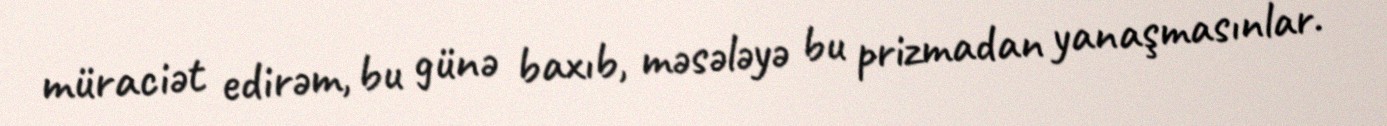
müraciət edirəm, bu günə baxıb, məsələyə bu prizmadan yanaşmasınlar.